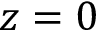
z = 0